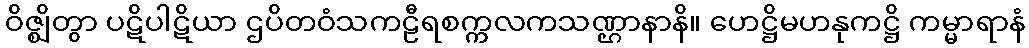
ဝိဇ္ဈိတွာ ပဋိပါဋိယာ ဌပိတဝံသကဠီရစက္ကလကသဏ္ဌာနာနိ။ ဟေဋ္ဌိမဟနုကဋ္ဌိ ကမ္မာရာနံ